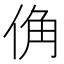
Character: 𪝀